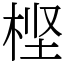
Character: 㭴